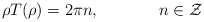
\begin{align*}\rho T(\rho) = 2 \pi n, \hskip 1.5cm n \in {\cal Z}\end{align*}